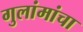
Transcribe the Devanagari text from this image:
गुलांमांचा